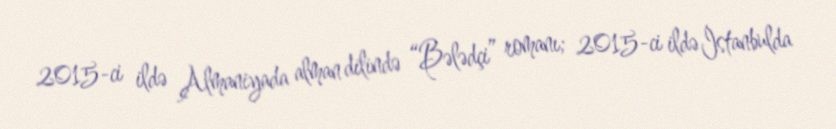
2015-ci ildə Almaniyada alman dilində “Bələdçi” romanı; 2015-ci ildə İstanbulda